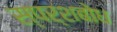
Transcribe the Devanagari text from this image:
स्पर्शबोध